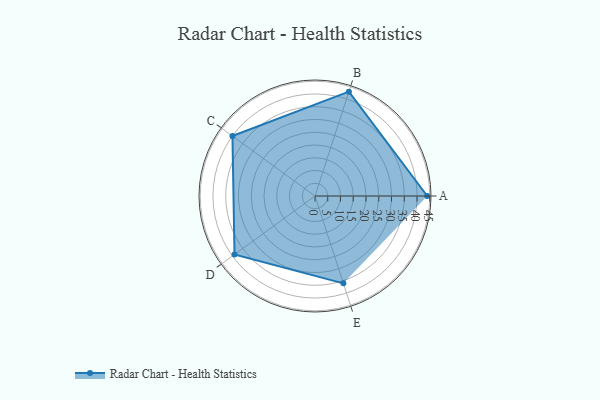
{"axis": {"x": "Skill", "y": "Score"}, "legend": ["Profile"], "data": [{"x": "A", "y": 44.0, "type": "Profile"}, {"x": "B", "y": 43.0, "type": "Profile"}, {"x": "C", "y": 40.0, "type": "Profile"}, {"x": "D", "y": 39.0, "type": "Profile"}, {"x": "E", "y": 36.0, "type": "Profile"}]}